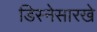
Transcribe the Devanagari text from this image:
डिस्नेसारखे